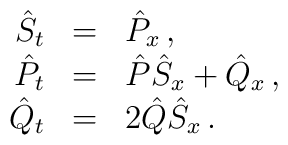
\begin{array}{rcl}{\hat S}_t & = & {\hat P}_x  \,, \\{\hat P}_t & = & {\hat P}{\hat S}_x+{\hat Q}_x \,, \\{\hat Q}_t & = & {2} {\hat Q} {\hat S}_x\,.\end{array}